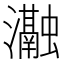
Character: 𭳰